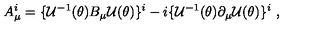
A _ { \mu } ^ { i } = \{ { \cal U } ^ { - 1 } ( \theta ) B _ { \mu } { \cal U } ( \theta ) \} ^ { i } - i \{ { \cal U } ^ { - 1 } ( \theta ) \partial _ { \mu } { \cal U } ( \theta ) \} ^ { i } \ ,